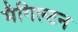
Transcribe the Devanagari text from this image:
मैगिल्टन